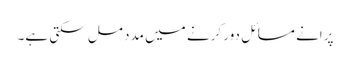
پرانے مسائل دور کرنے میں مدد مل سکتی ہے۔